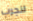
لنجرب